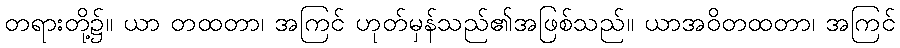
တရားတို့၌။ ယာ တထတာ၊ အကြင် ဟုတ်မှန်သည်၏အဖြစ်သည်။ ယာအဝိတထတာ၊ အကြင်